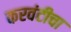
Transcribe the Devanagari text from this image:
करवंटीचा